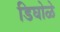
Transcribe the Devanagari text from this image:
डिघोळे